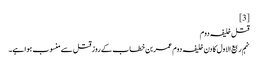
[3]
قتل خلیفہ دوم
نہم ربیع‌ الاول کا دن خلیفہ دوم عمر بن خطاب کے روز قتل سے منسوب ہوا ہے۔